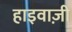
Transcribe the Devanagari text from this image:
हाइवाज़ी